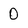
Character: 0